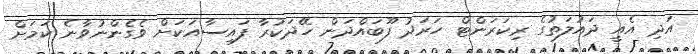
އަދި އެއީ ދައުލަތުގެ ރިކަރަންޓް ހަރަދު ފޫބައްދަން ހޭދަކުރާ ފައިސާއަކަށް ވެގެންނުވާނެ ކަމަށް